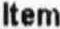
ITEM